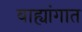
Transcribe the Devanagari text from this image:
बाह्यांगात